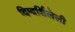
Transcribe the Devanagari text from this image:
दिग्दर्शिलेली